Vabadussoja_Ajaloo_Komitee, lk 8
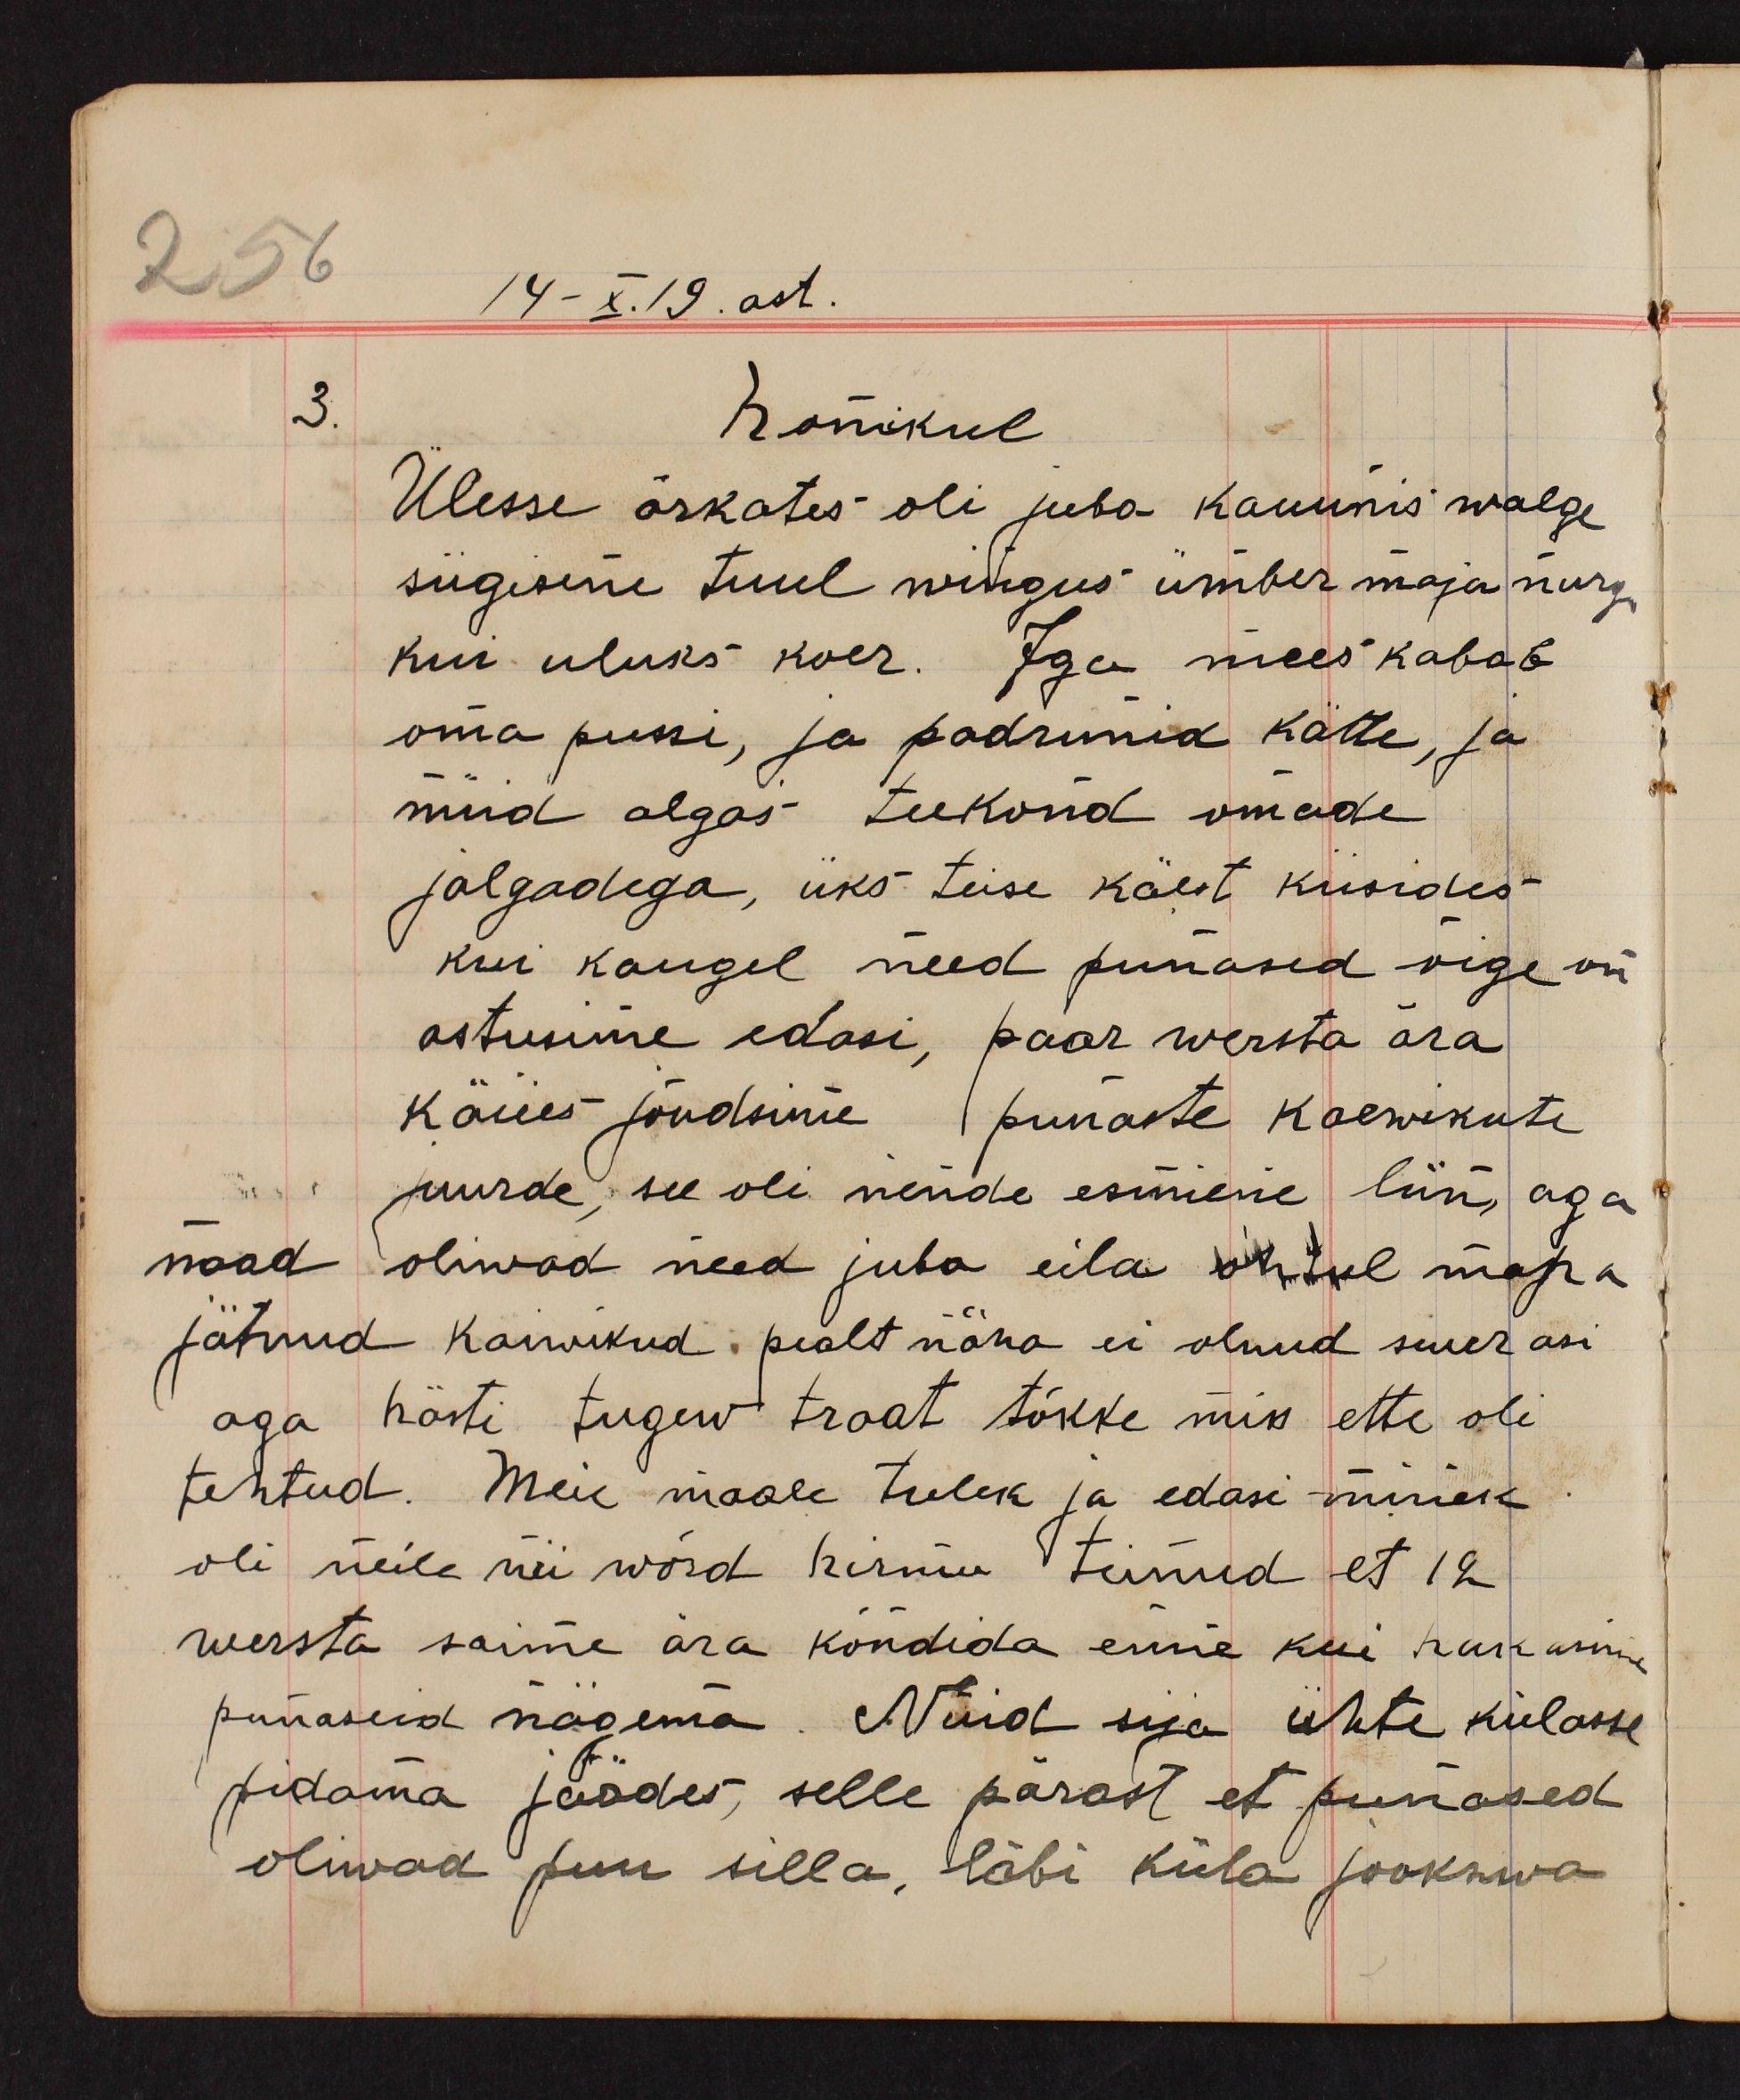
14-X.19. ast.
3.
Homikul
Ülesse ärkates oli juba kaunis walge
sügisene tuul wingus ümber maja nurga
kui uluks koer. Iga mees kabab
oma pussi, ja padrunid kätte, ja
nüüd algas teekond omade
jalgadega, üks teise käest küsides
kui kaugel need punased õige on
astusime edasi, paar wersta ära
käies jõudsime punaste kaewikute
juurde, see oli nende esimene liin, aga
naad oliwad need juba eila õhtull maha
jätnud kaiwikud pealt näha ei olnud suur asi
aga hästi tugew traat tõkke miss ette oli
tehtud. Meie maale tulek ja edasi minek
oli neile nii wõrd hirmu teinud et 12
wersta saime ära kõndida enne kui hakkasime
punaseid nägema. Nüid siia ühte külasse
pidama jäädes selle pärast et punased
oliwad puu silla, läbi küla jookswa